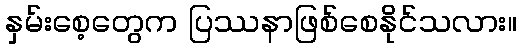
နှမ်းစေ့တွေက ပြဿနာဖြစ်စေနိုင်သလား။